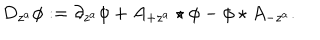
LaTeX: D _ { z ^ { a } } \phi : = \partial _ { z ^ { a } } \phi + A _ { + z ^ { a } } \star \phi - \phi \star A _ { - z ^ { a } } .